Lunatic asylums in Bengal annual reports 1899-1911 - 1899-1911
Year: 1899
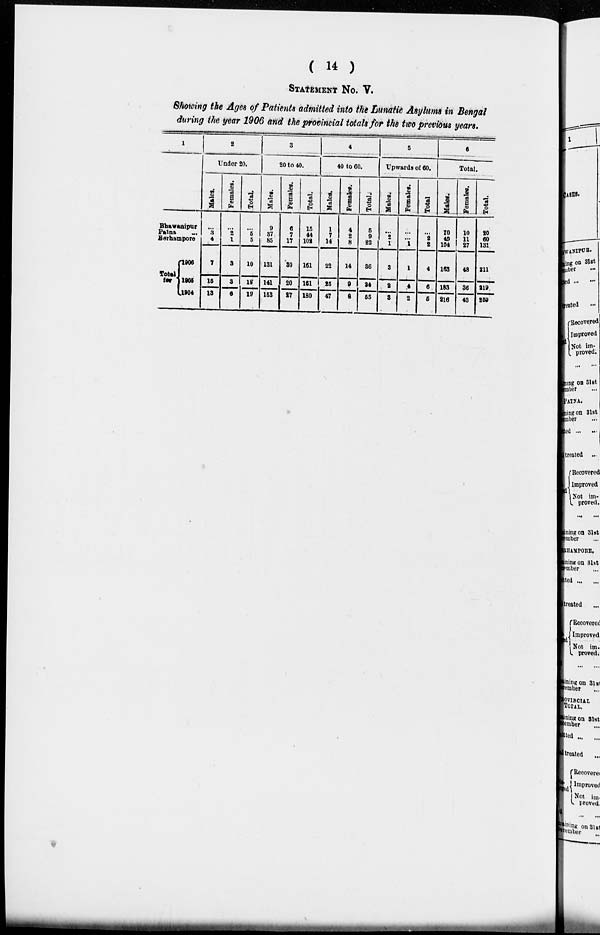
( 14 )
STATEMENT No. V.
Showing the Ages of Patients admitted into the Lunatic Asylums in Bengal
during the year 1906 and the provincial totals for the two previous years.
1
Bhawanipur
Patna ...
Berhampore
Total
for
1906
1905
1904
2
Under 20.
Males.
...
3
4
7
15
13
Females.
...
2
1
3
3
6
Total.
...
5
5
10
18
19
3
20 to 40.
Males.
9
37
85
131
141
153
Females.
6
7
17
30
20
27
Total.
15
44
102
161
161
180
4
40 to 60.
Males.
1
7
14
22
25
47
Females.
4
2
8
14
9
8
Total.
5
9
22
36
34
55
5
Upwards of 60.
Males.
...
2
1
3
2
3
Females.
...
...
1
1
4
2
Total.
...
2
2
4
6
5
6
Total.
Males.
10
49
104
163
183
216
Females.
10
11
27
48
36
43
Total.
20
60
131
211
219
259